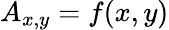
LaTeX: A_{x,y}=f(x,y)